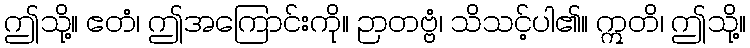
ဤသို့။ ဧတံ၊ ဤအကြောင်းကို။ ဉာတဗ္ဗံ၊ သိသင့်ပါ၏။ ဣတိ၊ ဤသို့။